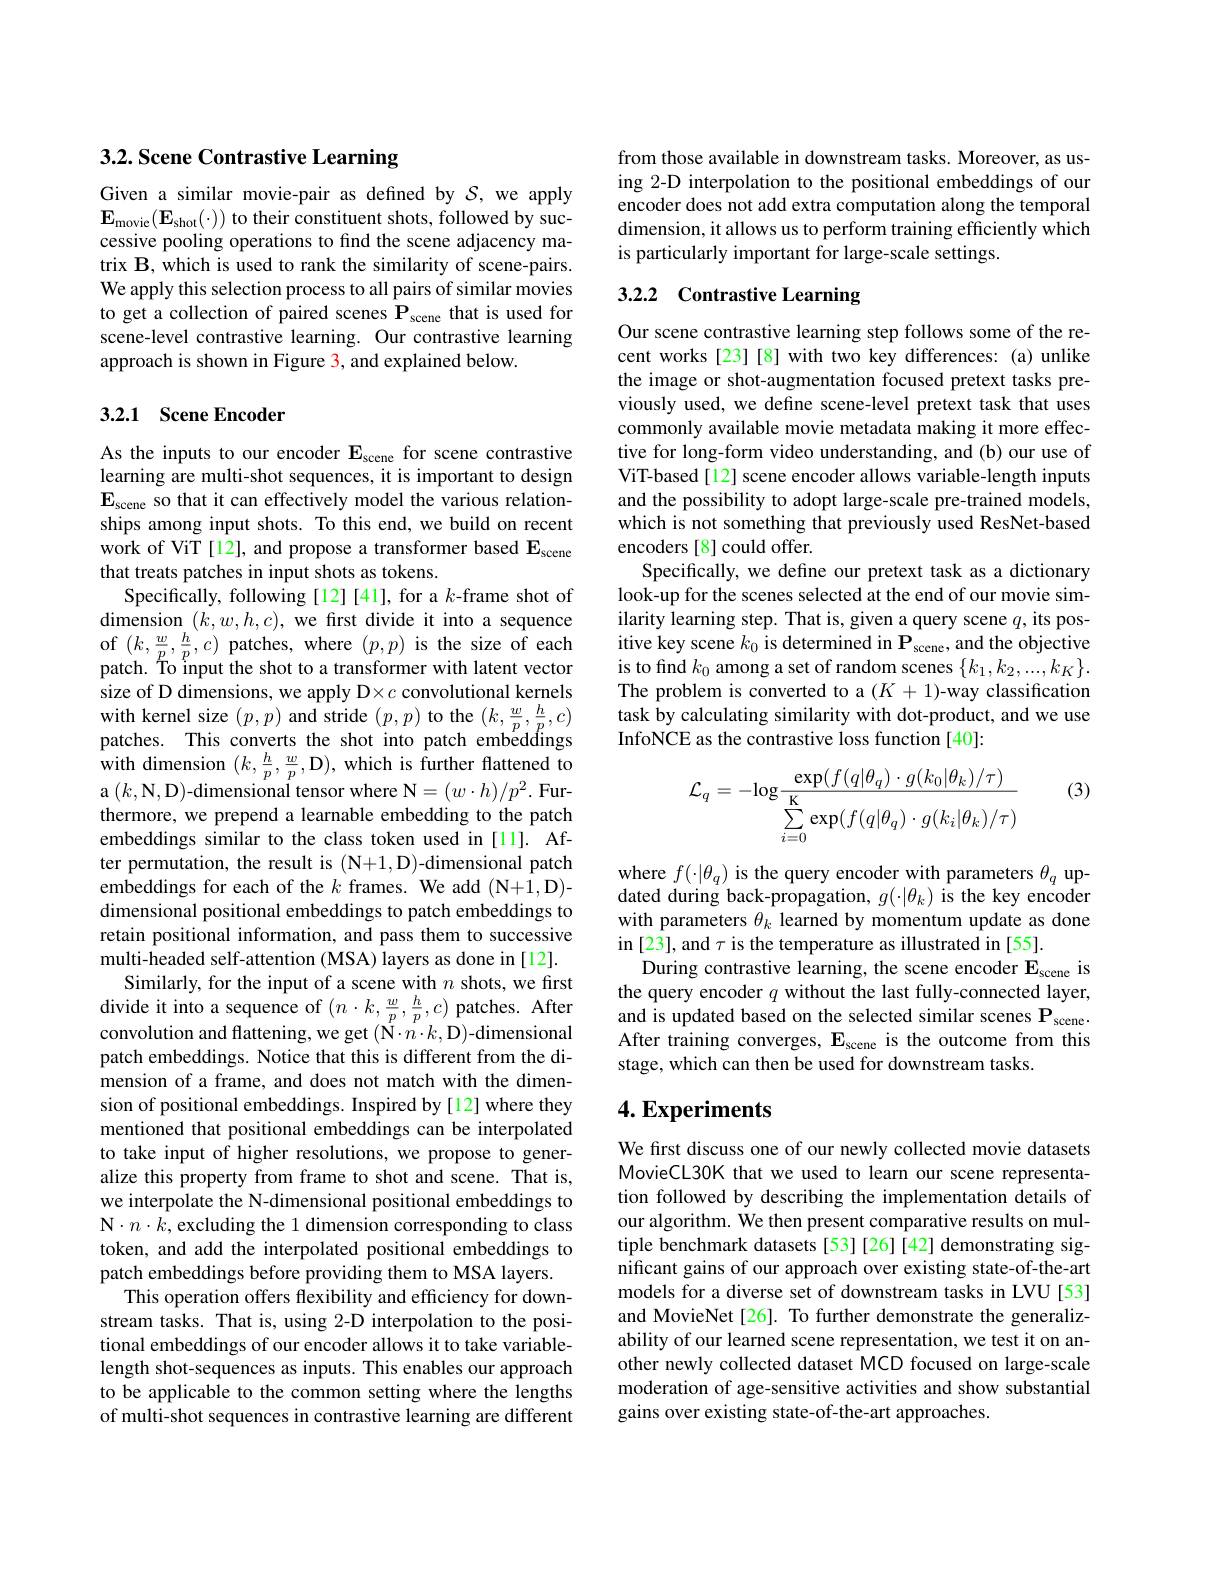
## 3.2. Scene Contrastive Learning

Given a similar movie-pair as defined by $\mathcal{S}$, we apply $\mathbf{E}_{\mathrm{movie}}(\mathbf{E}_{\mathrm{shot}}(\cdot))$ to their constituent shots, followed by successive pooling operations to find the scene adjacency matrix B, which is used to rank the similarity of scene-pairs. We apply this selection process to all pairs of similar movies to get a collection of paired scenes $\mathbf{P}_{\mathrm{scene}}$ that is used for scene-level contrastive learning. Our contrastive learning approach is shown in Figure 3, and explained below.

### 3.2.1 Scene Encoder

As the inputs to our encoder E$_\mathrm{scene}$ for scene contrastive learning are multi-shot sequences, it is important to design $\mathbf{E}_{\mathrm{scene~}}$ so that it can effectively model the various relationships among input shots. To this end, we build on recent work of ViT [12], and propose a transformer based $\mathbf{E}_{\mathrm{scene}}$ that treats patches in input shots as tokens.
Specifically, following[12][41], for a $k$-frame shot of dimension $(k,w,h,c)$, we frst divide it into a sequence $\begin{array}{ll}\mathrm{of~}(k,\frac{w}{p},\frac{h}{p},c)\text{ patches, where }(p,p)\text{ is the size of each}\\\mathrm{patch.~To~input~the~shot~to~a~transformer~with~latent~vector}\end{array}$ size of D dimensions, we apply D×c convolutional kernels $\begin{array}{l}\mathrm{with~kernel~size~}(p,p)\mathrm{~and~stride~}(p,p)\mathrm{~to~the~}(k,\frac{w}{p},\frac{h}{p},c)\\\mathrm{patches.~This~converts~the~shot~into~patch~embeddings}\end{array}$ with dimension $(k,\frac{h}{p},\frac{w}{p}$,D),which is further flattened to ${\mathrm{a~(k,N,D)-dimensional~tensor~where~N=(w\cdot h)/p^{2}.~Fur-}}$ thermore, we prepend a learnable embedding to the patch embeddings similar to the class token used in [11]. After permutation, the result is (N+1,D)-dimensional patch embeddings for each of the $k$ frames. We add (N+1,D)- dimensional positional embeddings to patch embeddings to retain positional information, and pass them to successive multi-headed self-attention (MSA) layers as done in [12].
Similarly, for the input of a scene with $n$ shots, we first divide it into a sequence of $(n\cdot k,\frac wp,\frac hp,c)$ patches. After convolution and flattening, we get $(\mathbf{N}\cdot n\cdot k,\mathbf{D})$-dimensional patch embeddings. Notice that this is different from the dimension of a frame, and does not match with the dimension of positional embeddings. Inspired by[12] where they mentioned that positional embeddings can be interpolated to take input of higher resolutions, we propose to generalize this property from frame to shot and scene. That is, we interpolate the N-dimensional positional embeddings to N$\cdot n\cdot k$,excluding the 1 dimension corresponding to class token, and add the interpolated positional embeddings to patch embeddings before providing them to MSA layers.
This operation offers flexibility and efficiency for downstream tasks. That is, using 2-D interpolation to the positional embeddings of our encoder allows it to take variablelength shot-sequences as inputs. This enables our approach to be applicable to the common setting where the lengths of multi-shot sequences in contrastive learning are different

from those available in downstream tasks. Moreover, as using 2-D interpolation to the positional embeddings of our encoder does not add extra computation along the temporal dimension, it allows us to perform training efficiently which is particularly important for large-scale settings.

## 3.2.2 Contrastive Learning

Our scene contrastive learning step follows some of the recent works [23] [8] with two key differences: (a) unlike the image or shot-augmentation focused pretext tasks previously used, we define scene-level pretext task that uses commonly available movie metadata making it more effective for long-form video understanding, and (b) our use of ViT-based[12] scene encoder allows variable-length inputs and the possibility to adopt large-scale pre-trained models, which is not something that previously used ResNet-based encoders [8] could offer.
Specifically, we define our pretext task as a dictionary look-up for the scenes selected at the end of our movie similarity learning step. That is, given a query scene $q$, its positive key scene $k_0$ is determined in $\mathbf{P}_{\mathrm{scene}}$, and the objective is to find $k_0$ among a set of random scenes $\{k_1,k_2,...,k_K\}.$ The problem is converted to a $(K+1)$-way classification task by calculating similarity with dot-product, and we use InfoNCE as the contrastive loss function [40]:

(3)
$$\mathcal{L}_q=-\mathrm{log}\frac{\exp(f(q|\theta_q)\cdot g(k_0|\theta_k)/\tau)}{\sum\limits_{i=0}^{\mathrm{K}}\exp(f(q|\theta_q)\cdot g(k_i|\theta_k)/\tau)}$$
where $f(\cdot|\theta_q)$ is the query encoder with parameters $\theta_q$ updated during back-propagation, $g(\cdot|\theta_k)$ is the key encoder with parameters $\theta_k$ learned by momentum update as done in [23], and $\tau$ is the temperature as illustrated in [55].
During contrastive learning, the scene encoder $\mathbf{E}_{\mathrm{scene}}$ is the query encoder $q$ without the last fully-connected layer, and is updated based on the selected similar scenes $\mathbf{P}_{\mathrm{scene}}.$ After training converges, $\mathbf{E}_{\mathrm{scene}}$ is the outcome from this stage, which can then be used for downstream tasks.

# 4. Experiments

We first discuss one of our newly collected movie datasets MovieCL30K that we used to learn our scene representation followed by describing the implementation details of our algorithm. We then present comparative results on multiple benchmark datasets [53][26][42] demonstrating significant gains of our approach over existing state-of-the-art models for a diverse set of downstream tasks in LVU [53] and MovieNet[26]. To further demonstrate the generalizability of our learned scene representation, we test it on another newly collected dataset MCD focused on large-scale moderation of age-sensitive activities and show substantial gains over existing state-of-the-art approaches.